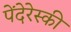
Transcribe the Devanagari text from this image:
पेंदेरेस्की